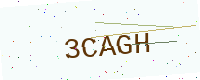
Text: 3CAGH